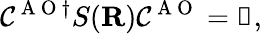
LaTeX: \mathcal{C}^{\mathrm{{~A~O~}}\dagger}S({\mathbf{{R}}})\mathcal{C}^{\mathrm{{~A~O~}}}=\mathbb{{1}},